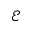
\mathcal { E }